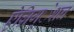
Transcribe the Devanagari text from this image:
ऐग्रिग्‌ेशन